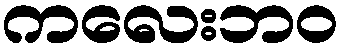
ကလေးဘဝ